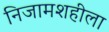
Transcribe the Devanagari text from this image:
निजामशहीला